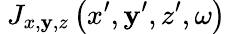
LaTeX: \ {J_{x,\mathbf{y},z}}\left({x^{\prime},\mathbf{y}^{\prime},z^{\prime},\omega}\right)